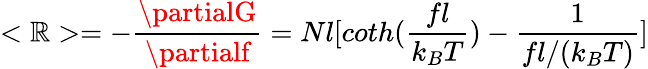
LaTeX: <\mathbb{R}>=-{\frac{{\partialG}}{{\partialf}}}=Nl[coth({\frac{{fl}}{{k_{B}T}}})-{\frac{{1}}{{fl/(k_{B}T)}}}]